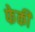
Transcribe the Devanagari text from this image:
फेकी